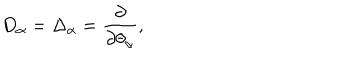
D _ { \alpha } = \Delta _ { \alpha } = \frac { \partial } { \partial \theta _ { \alpha } } ,